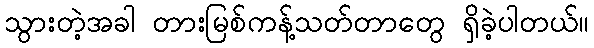
သွားတဲ့အခါ တားမြစ်ကန့်သတ်တာတွေ ရှိခဲ့ပါတယ်။